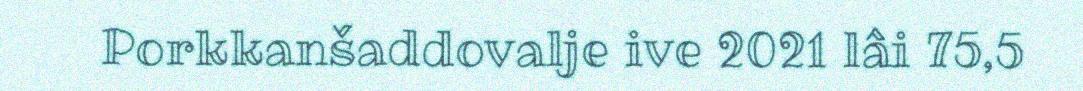
Porkkanšaddovalje ive 2021 lâi 75,5